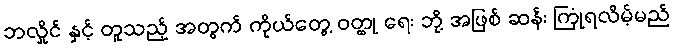
ဘလှိုင် နှင့် တူသည့် အတွက် ကိုယ်တွေ့ ဝတ္ထု ရေး ဘို့ အဖြစ် ဆန်း ကြုံရလိမ့်မည်